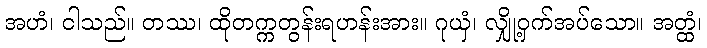
အဟံ၊ ငါသည်။ တဿ၊ ထိုတက္ကတွန်းရဟန်းအား။ ဂုယှံ၊ လျှို့ဝှက်အပ်သော။ အတ္ထံ၊